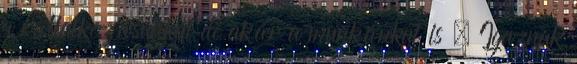
a vállalkozásunkat de akár a munkánkat is . Igaznak